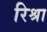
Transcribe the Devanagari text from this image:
रिश्रा